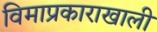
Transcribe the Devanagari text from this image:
विमाप्रकाराखाली